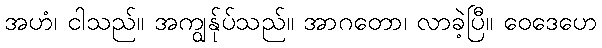
အဟံ၊ ငါသည်။ အကျွန်ုပ်သည်။ အာဂတော၊ လာခဲ့ပြီ။ ဝေဒေဟေ